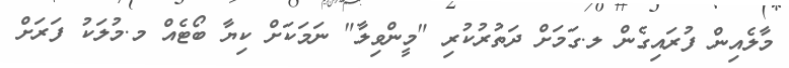
މާލެއިން ފުރައިގެން ލ.ގަމަށް ދަތުރުކުރި "މީންވިލާ" ނަމަކަށް ކިޔާ ބޯޓެއް މ.މުލަކު ފަރަށް